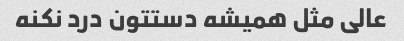
عالی مثل همیشه دستتون درد نکنه